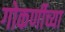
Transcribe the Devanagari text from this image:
गोकर्णीच्या